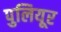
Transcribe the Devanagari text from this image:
पुलियूर